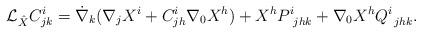
LaTeX: \begin{align*}{\cal{L}}_{\hat{X}}C^{i}_{jk}=\dot{\nabla }_{k} (\nabla_{j} X^{i}+C^{i}_{jh}\nabla_{0} X^{h})+X^{h}P^{i}_{\ jhk}+\nabla_{0} X^{h}Q^{i}_{\ jhk}.\end{align*}